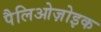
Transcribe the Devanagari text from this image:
पैलिओज़ोइक